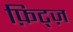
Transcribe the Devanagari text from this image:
फ़िट्ज़